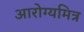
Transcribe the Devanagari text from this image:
आरोग्यमित्र